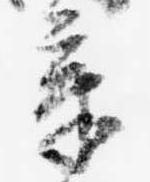
章